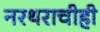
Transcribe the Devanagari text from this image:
नरथराचीही